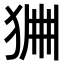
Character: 𤞹